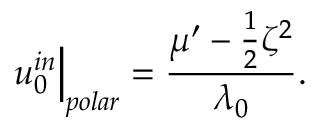
u _ { 0 } ^ { i n } \Big | _ { p o l a r } = \frac { \mu ^ { \prime } - \frac { 1 } { 2 } \zeta ^ { 2 } } { \lambda _ { 0 } } .